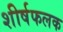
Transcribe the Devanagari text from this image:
शीर्षफलक